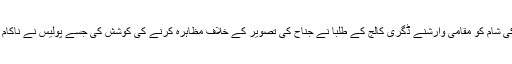
اتوار کی شام کو مقامی وارشنے ڈگری کالج کے طلبا نے جناح کی تصویر کے خلاف مظاہرہ کرنے کی کوشش کی جسے پولیس نے ناکام بنا دیا۔